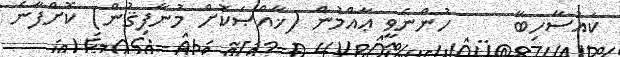
ކައުސާހިބާ     ހުންނެވީ ޢާއްމުން (ޚާއްޞަކޮށް މުނާފިޤުން) ކޮށްފާނެ